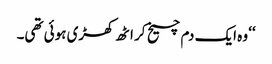
‘‘ وہ ایک دم چیخ کر اٹھ کھڑی ہوئی تھی۔